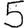
Digit: 5